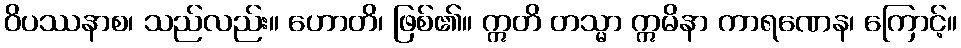
ဝိပဿနာစ၊ သည်လည်း။ ဟောတိ၊ ဖြစ်၏။ ဣတိ တသ္မာ ဣမိနာ ကာရဏေန၊ ကြောင့်။